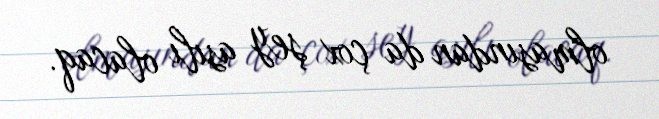
olmasından da çox şey asılı olacaq.